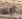
ايه